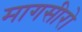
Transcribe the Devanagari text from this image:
मागसीरो